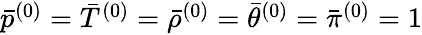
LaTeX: \begin{array}{r}{\bar{p}^{(0)}=\bar{T}^{(0)}=\bar{\rho}^{(0)}=\bar{\theta}^{(0)}=\bar{\pi}^{(0)}=1}\end{array}